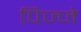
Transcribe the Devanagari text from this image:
पिज्जे